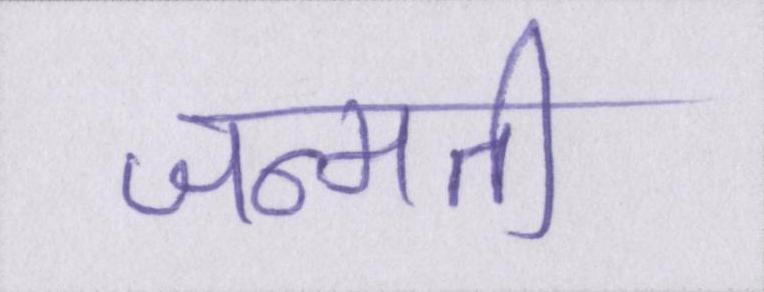
जन्मती